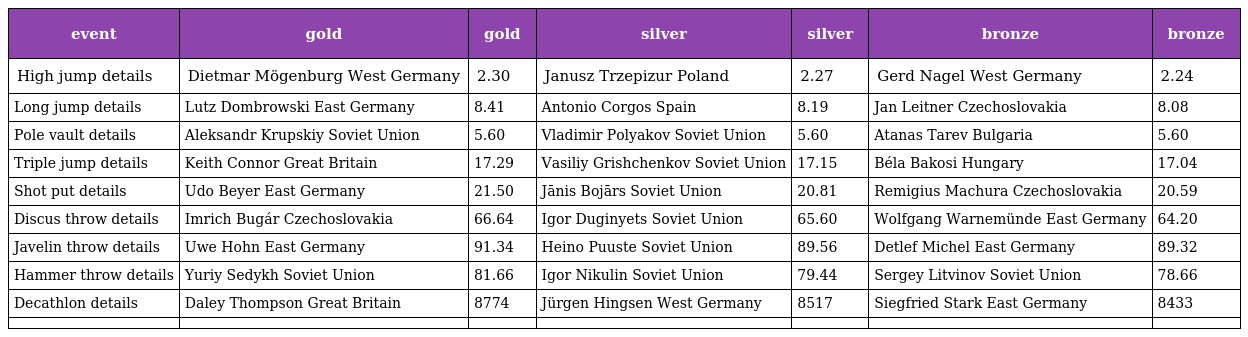
| event | gold | gold | silver | silver | bronze | bronze |
 | --- | --- | --- | --- | --- | --- | --- |
 | High jump details | Dietmar Mögenburg West Germany | 2.30 | Janusz Trzepizur Poland | 2.27 | Gerd Nagel West Germany | 2.24 |
 | Long jump details | Lutz Dombrowski East Germany | 8.41 | Antonio Corgos Spain | 8.19 | Jan Leitner Czechoslovakia | 8.08 |
 | Pole vault details | Aleksandr Krupskiy Soviet Union | 5.60 | Vladimir Polyakov Soviet Union | 5.60 | Atanas Tarev Bulgaria | 5.60 |
 | Triple jump details | Keith Connor Great Britain | 17.29 | Vasiliy Grishchenkov Soviet Union | 17.15 | Béla Bakosi Hungary | 17.04 |
 | Shot put details | Udo Beyer East Germany | 21.50 | Jānis Bojārs Soviet Union | 20.81 | Remigius Machura Czechoslovakia | 20.59 |
 | Discus throw details | Imrich Bugár Czechoslovakia | 66.64 | Igor Duginyets Soviet Union | 65.60 | Wolfgang Warnemünde East Germany | 64.20 |
 | Javelin throw details | Uwe Hohn East Germany | 91.34 | Heino Puuste Soviet Union | 89.56 | Detlef Michel East Germany | 89.32 |
 | Hammer throw details | Yuriy Sedykh Soviet Union | 81.66 | Igor Nikulin Soviet Union | 79.44 | Sergey Litvinov Soviet Union | 78.66 |
 | Decathlon details | Daley Thompson Great Britain | 8774 | Jürgen Hingsen West Germany | 8517 | Siegfried Stark East Germany | 8433 |
 |  |  |  |  |  |  |  |